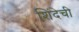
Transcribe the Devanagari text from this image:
शिंदेची